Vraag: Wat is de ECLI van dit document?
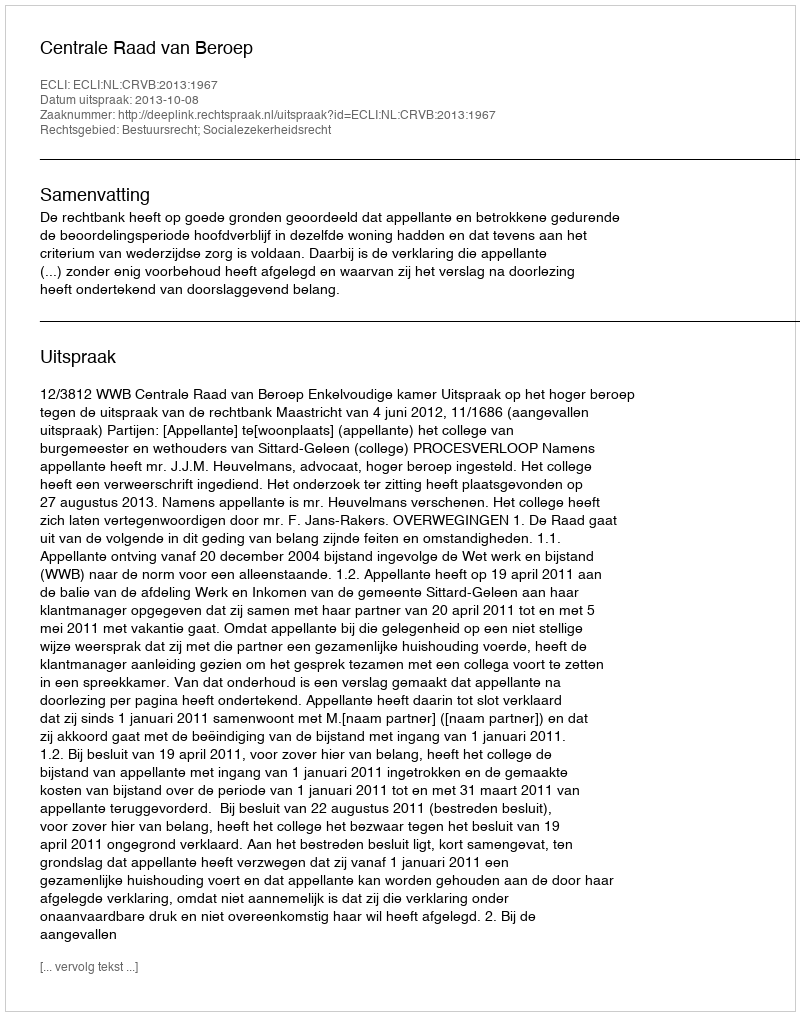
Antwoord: ECLI:NL:CRVB:2013:1967